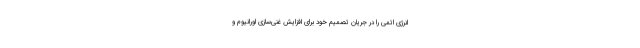
انرژی اتمی را در جریان تصمیم خود برای افزایش غنی‌سازی اورانیوم و